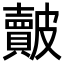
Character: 皾